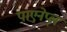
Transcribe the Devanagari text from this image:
पाएनेप्ल्